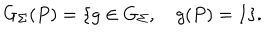
G _ { \Sigma } ( P ) = \{ g \in G _ { \Sigma } , \quad g ( P ) = I \} .